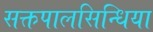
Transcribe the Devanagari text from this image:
सक्तपालसिन्धिया